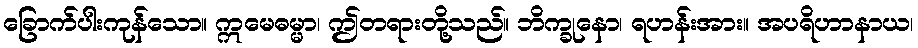
ခြောက်ပါးကုန်သော။ ဣမေဓမ္မာ၊ ဤတရားတို့သည်။ ဘိက္ခုနော၊ ရဟန်းအား။ အပရိဟာနာယ၊